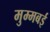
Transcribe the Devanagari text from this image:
मुम्मबई